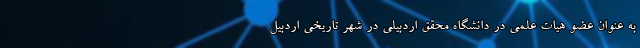
به عنوان عضو هیات علمی در دانشگاه محقق اردبیلی در شهر تاریخی اردبیل